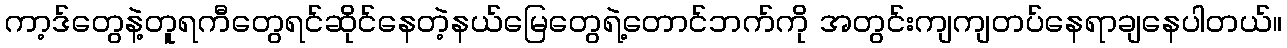
ကာ့ဒ်တွေနဲ့တူရကီတွေရင်ဆိုင်နေတဲ့နယ်မြေတွေရဲ့တောင်ဘက်ကို အတွင်းကျကျတပ်နေရာချနေပါတယ်။